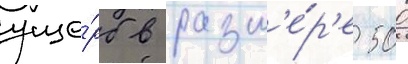
уще́рб в разм'е́р'е 500